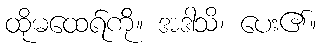
ထိုမထေရ်ကို။ အဒါသိ၊ ပေး၏။